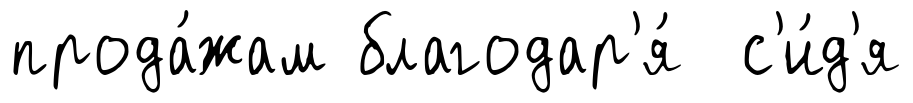
прода́жам благодар'я́ с'и́д'я